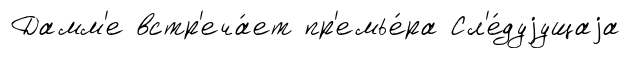
Дамм'е встр'еча́ет пр'емье́ра Сл'е́дуjущаjа